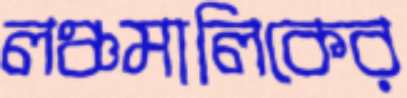
লঞ্চমালিকের